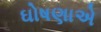
ઘોષણાએ